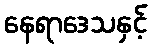
နေရာဒေသနှင့်